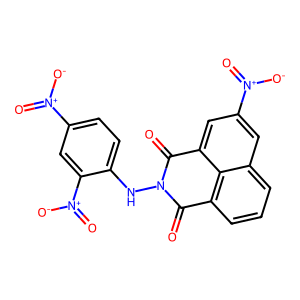
SMILES: O=C1c2cccc3cc([N+](=O)[O-])cc(c23)C(=O)N1Nc1ccc([N+](=O)[O-])cc1[N+](=O)[O-]
Inhibits HIV replication: No